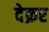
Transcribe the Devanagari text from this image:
देक्रर